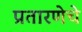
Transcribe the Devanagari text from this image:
प्रतारणेचे